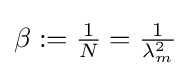
\beta :={\tfrac {1}{N}}={\tfrac {1}{\lambda _{m}^{2}}}